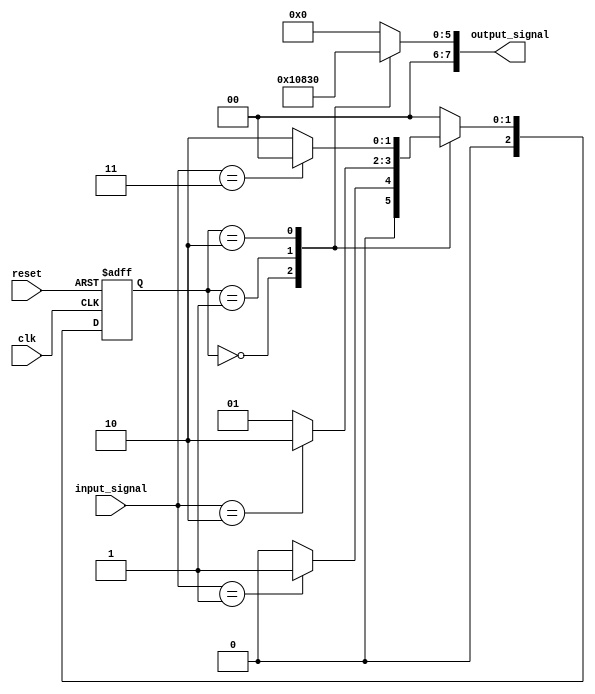
module MealyStateMachine (
    input clk,
    input reset,
    input [7:0] input_signal,
    output reg [7:0] output_signal
);

// Define states
parameter STATE_A = 3'b000;
parameter STATE_B = 3'b001;
parameter STATE_C = 3'b010;

// Define state register
reg [2:0] current_state;
reg [2:0] next_state;

// State transition logic
always @ (posedge clk or posedge reset) begin
    if (reset) begin
        current_state <= STATE_A;
    end else begin
        current_state <= next_state;
    end
end

// Next state logic block
always @ (*) begin
    case (current_state)
        STATE_A: begin
            if (input_signal == 8'h01) begin
                next_state = STATE_B;
            end else begin
                next_state = STATE_A;
            end
        end
        
        STATE_B: begin
            if (input_signal == 8'h02) begin
                next_state = STATE_C;
            end else begin
                next_state = STATE_B;
            end
        end
        
        STATE_C: begin
            if (input_signal == 8'h03) begin
                next_state = STATE_A;
            end else begin
                next_state = STATE_C;
            end
        end
        
        default: next_state = STATE_A;
    endcase
end

// Output logic block
always @ (*) begin
    case (current_state)
        STATE_A: output_signal = 8'h10;
        STATE_B: output_signal = 8'h20;
        STATE_C: output_signal = 8'h30;
        default: output_signal = 8'h00;
    endcase
end

endmodule